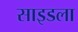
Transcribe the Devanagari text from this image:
साइडला